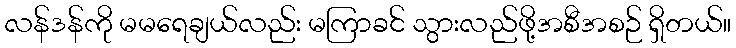
လန်ဒန်ကို မမရေချယ်လည်း မကြာခင် သွားလည်ဖို့အစီအစဉ် ရှိတယ်။